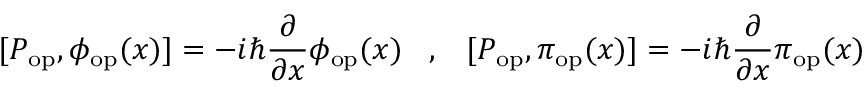
[ P _ { \mathrm { o p } } , \phi _ { \mathrm { o p } } ( x ) ] = - i \hbar \frac { \partial } { \partial x } \phi _ { \mathrm { o p } } ( x ) \; \; \; , \; \; \; [ P _ { \mathrm { o p } } , \pi _ { \mathrm { o p } } ( x ) ] = - i \hbar \frac { \partial } { \partial x } \pi _ { \mathrm { o p } } ( x )